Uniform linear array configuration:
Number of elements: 32
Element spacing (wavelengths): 0.5
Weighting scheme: blackman
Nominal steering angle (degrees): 0
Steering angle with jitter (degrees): -1.497
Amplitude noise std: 0.05
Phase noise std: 0.05

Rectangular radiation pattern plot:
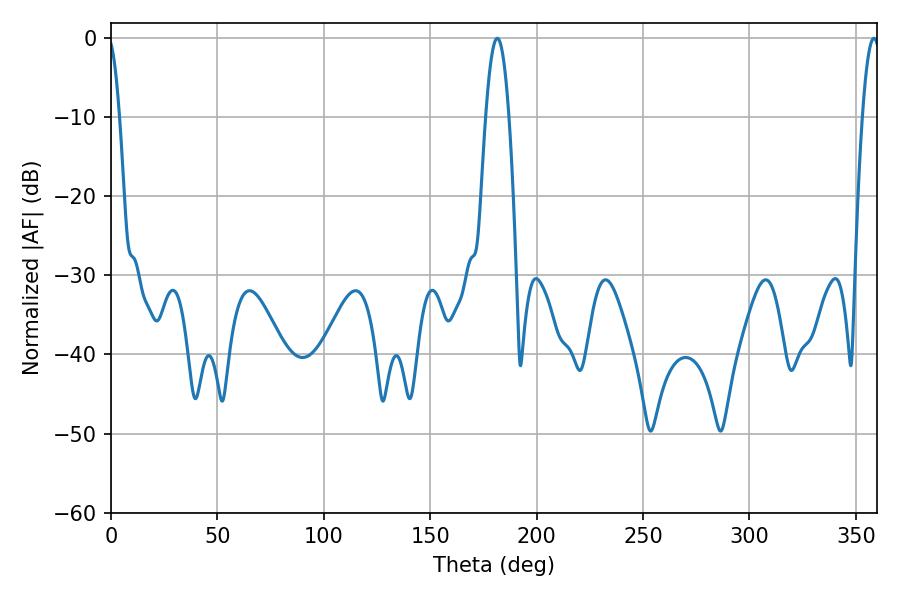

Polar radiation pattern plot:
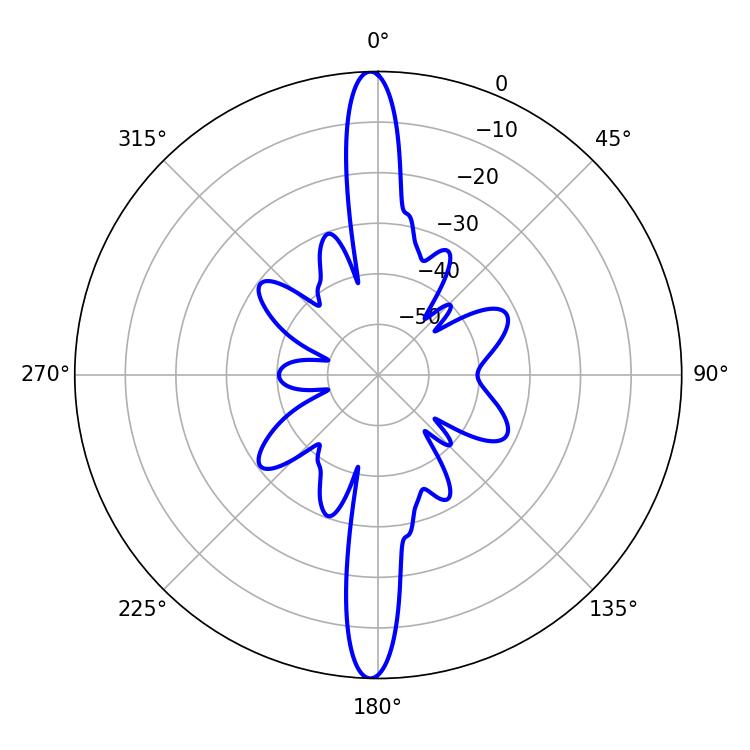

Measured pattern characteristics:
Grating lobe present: FALSE
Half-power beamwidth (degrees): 5.94
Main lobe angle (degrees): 181.44